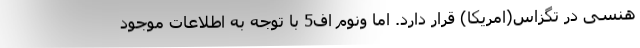
هنسی در تگزاس(امریکا) قرار دارد. اما ونوم اف5 با توجه به اطلاعات موجود